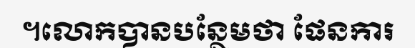
។លោកបានបន្ថែមថា ផែនការ